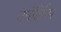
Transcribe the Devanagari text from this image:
कॉर्लिस